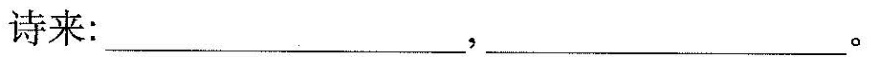
吟起诗来：___，___。